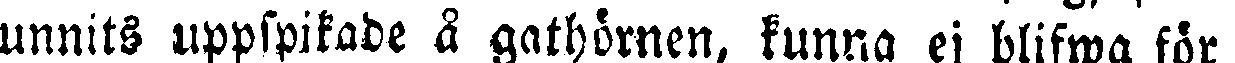
unnits uppspikade å gathörnen, kunna ej blifwa för